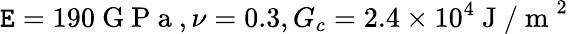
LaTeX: \mathtt{E}=190\mathrm{{~G~P~a~}},\nu=0.3,G_{c}=2.4\times10^{4}\mathrm{{~J~/~m~}}^{2}